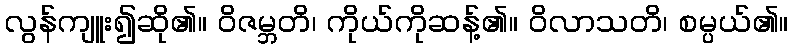
လွန်ကျူး၍ဆို၏။ ဝိဇမ္ဘတိ၊ ကိုယ်ကိုဆန့်၏။ ဝိလာသတိ၊ စမ္ပယ်၏။